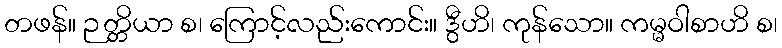
တဖန်။ ဉတ္တိယာ စ၊ ကြောင့်လည်းကောင်း။ ဒွီဟိ၊ ကုန်သော။ ကမ္မဝါစာဟိ စ၊